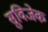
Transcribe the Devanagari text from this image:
सुविजेक